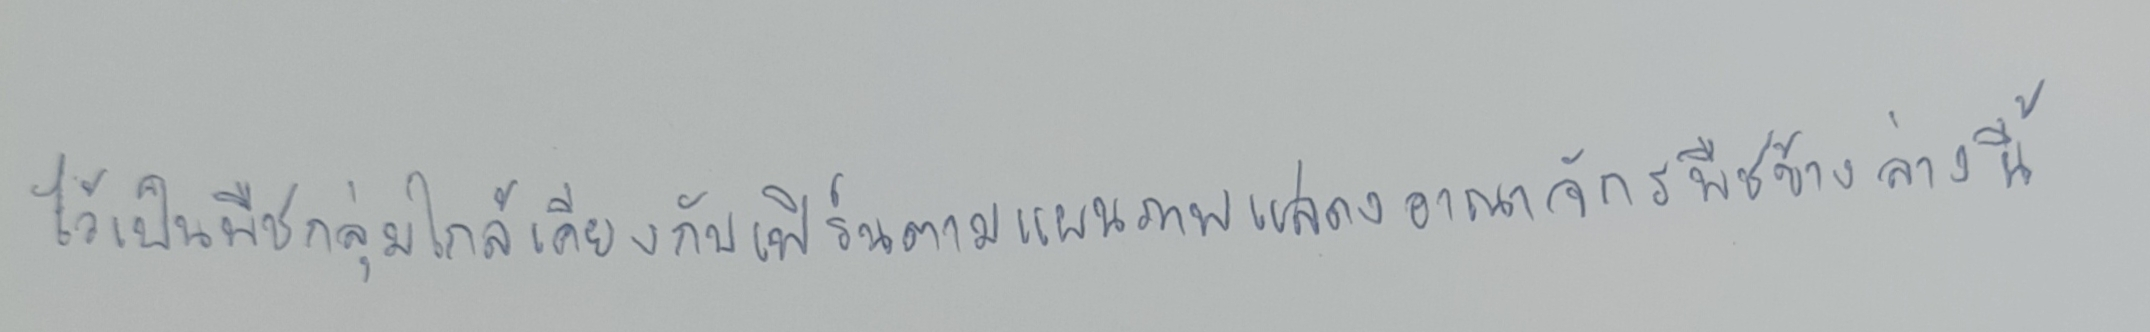
ไว้เป็นพืชกลุ่มใกล้เคียงกับเฟิร์นตามแผนภาพแสดงอาณาจักรพืชข้างล่างนี้